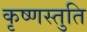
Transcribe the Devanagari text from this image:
कृष्णस्तुति